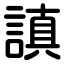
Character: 謓